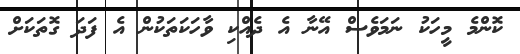
ކޮންމެ މީހަކު ނަމަވެސް އޭނާ އެ ދެއްކި ވާހަކަތަކުން އެ ފަދަ ގޮތަކަށް